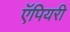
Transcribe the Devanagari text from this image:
ऍपियरी